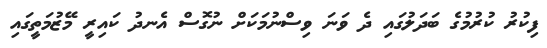
ފިކުރު ކުރުމުގެ ބަދަލުގައި ދެ ވަނަ ވިސްނުމަކަށް ނުގޮސް އެނދު ކައިރީ މޭޒުމަތީގައި